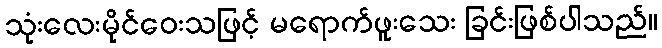
သုံးလေးမိုင်ဝေးသဖြင့် မရောက်ဖူးသေး ခြင်းဖြစ်ပါသည်။